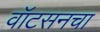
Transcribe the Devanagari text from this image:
वॉटसनचा